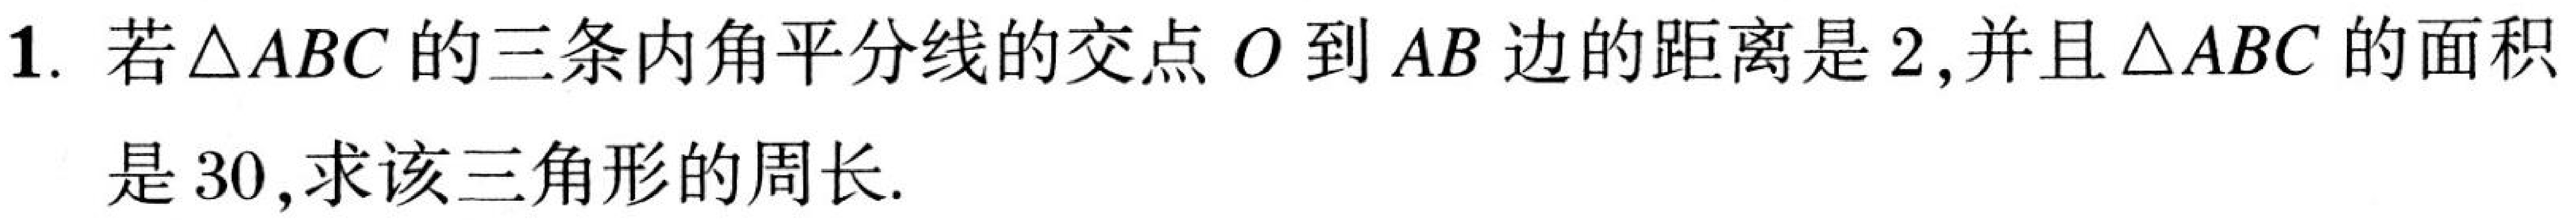
1. 若\(\triangle ABC\)的三条内角平分线的交点\(O\)到\(AB\)边的距离是\(2\),并且\(\triangle ABC\)的面积是\(30\),求该三角形的周长.